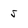
Character: 5